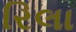
રિલા